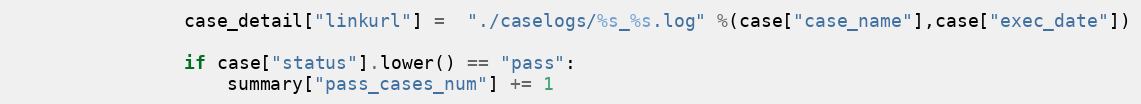
Language: Python
                case_detail["linkurl"] =  "./caselogs/%s_%s.log" %(case["case_name"],case["exec_date"])

                if case["status"].lower() == "pass":
                    summary["pass_cases_num"] += 1